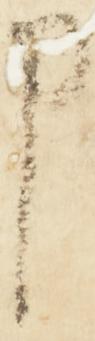
申